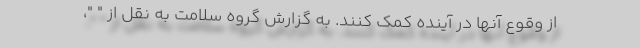
از وقوع آنها در آینده کمک کنند. به گزارش گروه سلامت به نقل از " "،